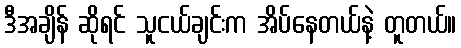
ဒီအချိန် ဆိုရင် သူငယ်ချင်းက အိပ်နေတယ်နဲ့ တူတယ်။